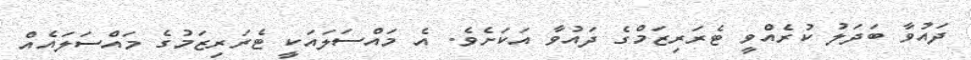
ދައުވާ ބަދަލު ކުރެއްވީ ޓެރަރިޒަމްގެ ދައުވާ އަކަށެވެ. އެ މައްސަލައަކީ ޓެރަރިޒަމުގެ މައްސަލައެއް